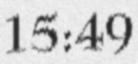
15:49